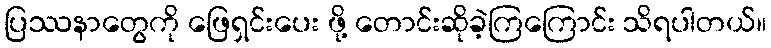
ပြဿနာတွေကို ဖြေရှင်းပေး ဖို့ တောင်းဆိုခဲ့ကြကြောင်း သိရပါတယ်။